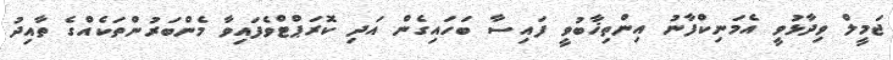
ޖަމީލް ވިދާޅުވީ އެމަނިކްފާނު އިންތިޚާބުވީ ފައިސާ ބަހައިގެން އަދި ކޮރަޕްޓްވެފައިވާ މެންބަރުންތަކެއްގެ ތާއިދު